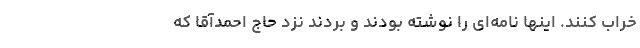
خراب کنند. اینها نامه‌ای را نوشته بودند و بردند نزد حاج احمدآقا که